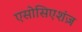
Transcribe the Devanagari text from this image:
एसोसिएशंज़